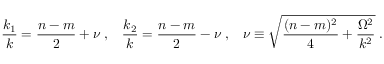
\frac { k _ { 1 } } { k } = \frac { n - m } { 2 } + \nu \; , \; \; \; \frac { k _ { 2 } } { k } = \frac { n - m } { 2 } - \nu \; , \; \; \; \nu \equiv \sqrt { \frac { ( n - m ) ^ { 2 } } { 4 } + \frac { \Omega ^ { 2 } } { k ^ { 2 } } } \; .